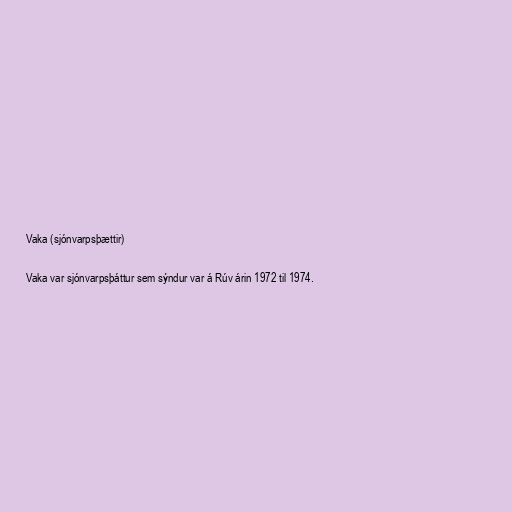
Vaka (sjónvarpsþættir)

Vaka var sjónvarpsþáttur sem sýndur var á Rúv árin 1972 til 1974.